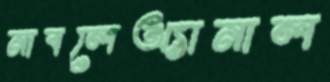
নাবলেঅ্যানাল